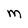
Character: M